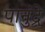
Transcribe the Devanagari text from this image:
पानुंद्रे